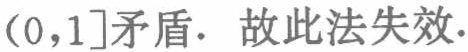
$(0,1]$矛盾. 故此法失效.